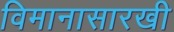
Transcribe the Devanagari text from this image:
विमानासारखी